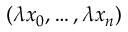
( \lambda x _ { 0 } , \ldots , \lambda x _ { n } )